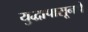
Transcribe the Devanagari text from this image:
युद्धापासूनचे